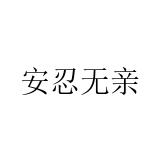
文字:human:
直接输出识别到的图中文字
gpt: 安忍无亲